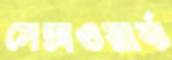
সেক্সওয়ার্ক